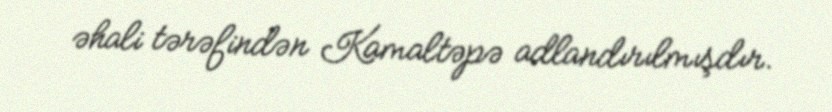
əhali tərəfindən Kamaltəpə adlandırılmışdır.